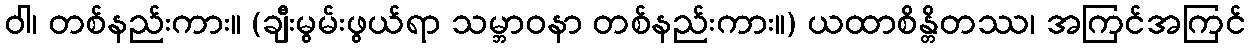
ဝါ၊ တစ်နည်းကား။ (ချီးမွမ်းဖွယ်ရာ သမ္ဘာဝနာ တစ်နည်းကား။) ယထာစိန္တိတဿ၊ အကြင်အကြင်